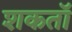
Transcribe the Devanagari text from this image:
शकतॉ